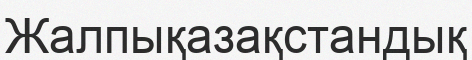
Жалпықазақстандық